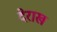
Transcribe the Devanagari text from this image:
देराख